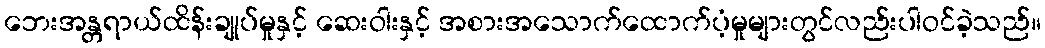
ဘေးအန္တရာယ်ထိန်းချုပ်မှုနှင့် ဆေးဝါးနှင့် အစားအသောက်ထောက်ပံ့မှုများတွင်လည်းပါဝင်ခဲ့သည်။